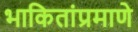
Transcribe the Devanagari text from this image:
भाकितांप्रमाणे